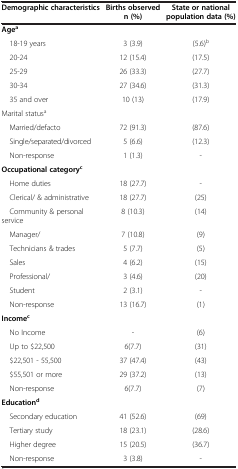
<table><thead><tr><td><b>Demographic characteristics</b></td><td><b>Births observed n (%)</b></td><td><b>State or national population data (%)</b></td></tr></thead><tbody><tr><td><b>Age</b><sup><b>a</b></sup></td><td> </td><td> </td></tr><tr><td> 18-19 years</td><td>3 (3.9)</td><td>(5.6)<sup>b</sup></td></tr><tr><td> 20-24</td><td>12 (15.4)</td><td>(17.5)</td></tr><tr><td> 25-29</td><td>26 (33.3)</td><td>(27.7)</td></tr><tr><td> 30-34</td><td>27 (34.6)</td><td>(31.3)</td></tr><tr><td> 35 and over</td><td>10 (13)</td><td>(17.9)</td></tr><tr><td>Marital status<sup>a</sup></td><td> </td><td> </td></tr><tr><td> Married/defacto</td><td>72 (91.3)</td><td>(87.6)</td></tr><tr><td> Single/separated/divorced</td><td>5 (6.6)</td><td>(12.3)</td></tr><tr><td> Non-response</td><td>1 (1.3)</td><td>-</td></tr><tr><td><b>Occupational category</b><sup><b>c</b></sup></td><td> </td><td> </td></tr><tr><td> Home duties</td><td>18 (27.7)</td><td>-</td></tr><tr><td> Clerical/ &amp; administrative</td><td>18 (27.7)</td><td>(25)</td></tr><tr><td> Community &amp; personal service</td><td>8 (10.3)</td><td>(14)</td></tr><tr><td> Manager/</td><td>7 (10.8)</td><td>(9)</td></tr><tr><td> Technicians &amp; trades</td><td>5 (7.7)</td><td>(5)</td></tr><tr><td> Sales</td><td>4 (6.2)</td><td>(15)</td></tr><tr><td> Professional/</td><td>3 (4.6)</td><td>(20)</td></tr><tr><td> Student</td><td>2 (3.1)</td><td>-</td></tr><tr><td> Non-response</td><td>13 (16.7)</td><td>(1)</td></tr><tr><td><b>Income</b><sup><b>c</b></sup></td><td> </td><td> </td></tr><tr><td> No Income</td><td>-</td><td>(6)</td></tr><tr><td> Up to $22,500</td><td>6(7.7)</td><td>(31)</td></tr><tr><td> $22,501 - 55,500</td><td>37 (47.4)</td><td>(43)</td></tr><tr><td> $55,501 or more</td><td>29 (37.2)</td><td>(13)</td></tr><tr><td> Non-response</td><td>6(7.7)</td><td>(7)</td></tr><tr><td><b>Education</b><sup><b>d</b></sup></td><td> </td><td> </td></tr><tr><td> Secondary education</td><td>41 (52.6)</td><td>(69)</td></tr><tr><td> Tertiary study</td><td>18 (23.1)</td><td>(28.6)</td></tr><tr><td> Higher degree</td><td>15 (20.5)</td><td>(36.7)</td></tr><tr><td> Non-response</td><td>3 (3.8)</td><td>-</td></tr></tbody></table>